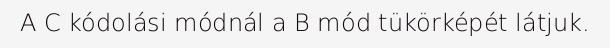
A C kódolási módnál a B mód tükörképét látjuk.